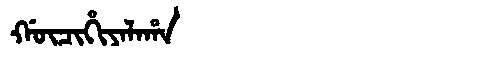
Manchu: ᡤᡡᠴᡳᡥᡳᠶᠠᠯᠠᡥᠠ
Romanization: GŪCIHIYALAHA